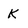
Character: K